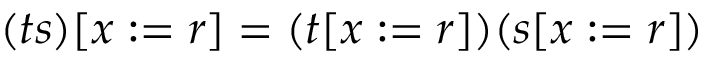
( t s ) [ x : = r ] = ( t [ x : = r ] ) ( s [ x : = r ] )